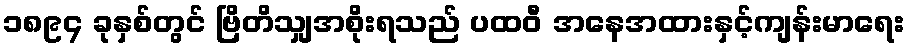
၁၈၉၄ ခုနှစ်တွင် ဗြိတိသျှအစိုးရသည် ပထဝီ အနေအထားနှင့်ကျန်းမာရေး